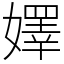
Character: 嬕